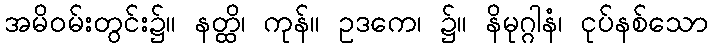
အမိဝမ်းတွင်း၌။ နတ္ထိ၊ ကုန်။ ဥဒကေ၊ ၌။ နိမုဂ္ဂါနံ၊ ငုပ်နစ်သော